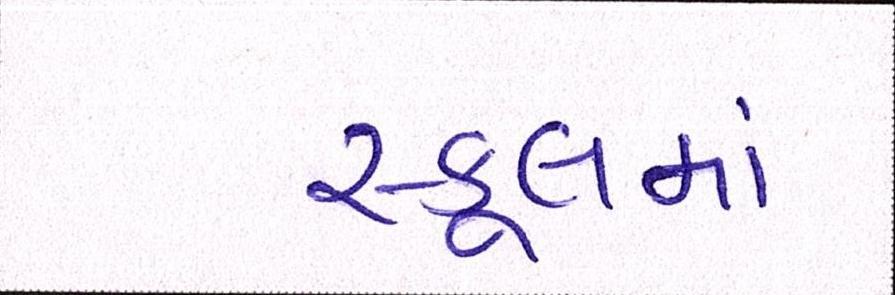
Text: સ્કૂલમાં